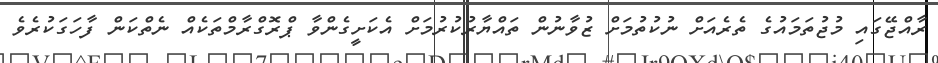
ރާއްޖޭގައި މުޖުތަމައުގެ ތެރެއަށް ނުކުތުމަށް ޒުވާނުން ތައްޔާރުކުރުމަށް އެކަށީގެންވާ ޕްރޮގްރާމްތަކެއް ނެތްކަން ފާހަގަކުރެވެ